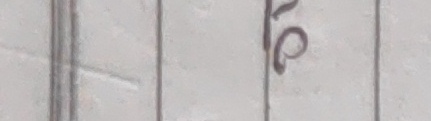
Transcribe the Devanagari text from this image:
९७